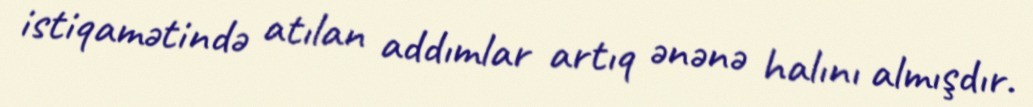
istiqamətində atılan addımlar artıq ənənə halını almışdır.